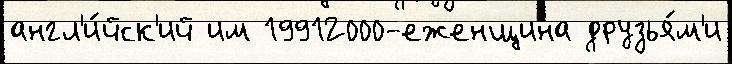
англ'и́йск'ий им 19912000-еженщина друзья́м'и